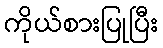
ကိုယ်စားပြုပြီး